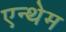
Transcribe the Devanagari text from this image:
एन्थेम